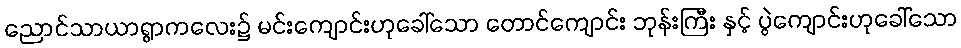
ညောင်သာယာရွာကလေး၌ မင်းကျောင်းဟုခေါ်သော တောင်ကျောင်း ဘုန်းကြီး နှင့် ပွဲကျောင်းဟုခေါ်သော